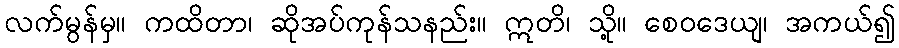
လက်မွန်မှ။ ကထိတာ၊ ဆိုအပ်ကုန်သနည်း။ ဣတိ၊ သို့။ စေဝဒေယျ၊ အကယ်၍